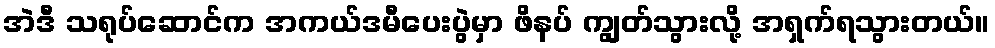
အဲဒီ သရုပ်ဆောင်က အကယ်ဒမီပေးပွဲမှာ ဖိနပ် ကျွတ်သွားလို့ အရှက်ရသွားတယ်။